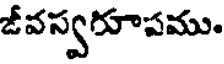
జీవస్వరూపము.